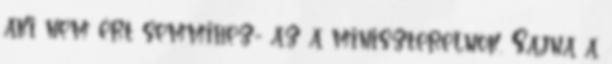
aki nem ért semmihez- az a miniszterelnök. Sajna a